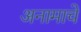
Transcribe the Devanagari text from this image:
अनामाचे